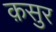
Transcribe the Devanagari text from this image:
क़सुर